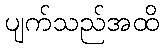
ပျက်သည်အထိ